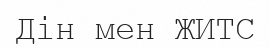
Дін мен ЖИТС